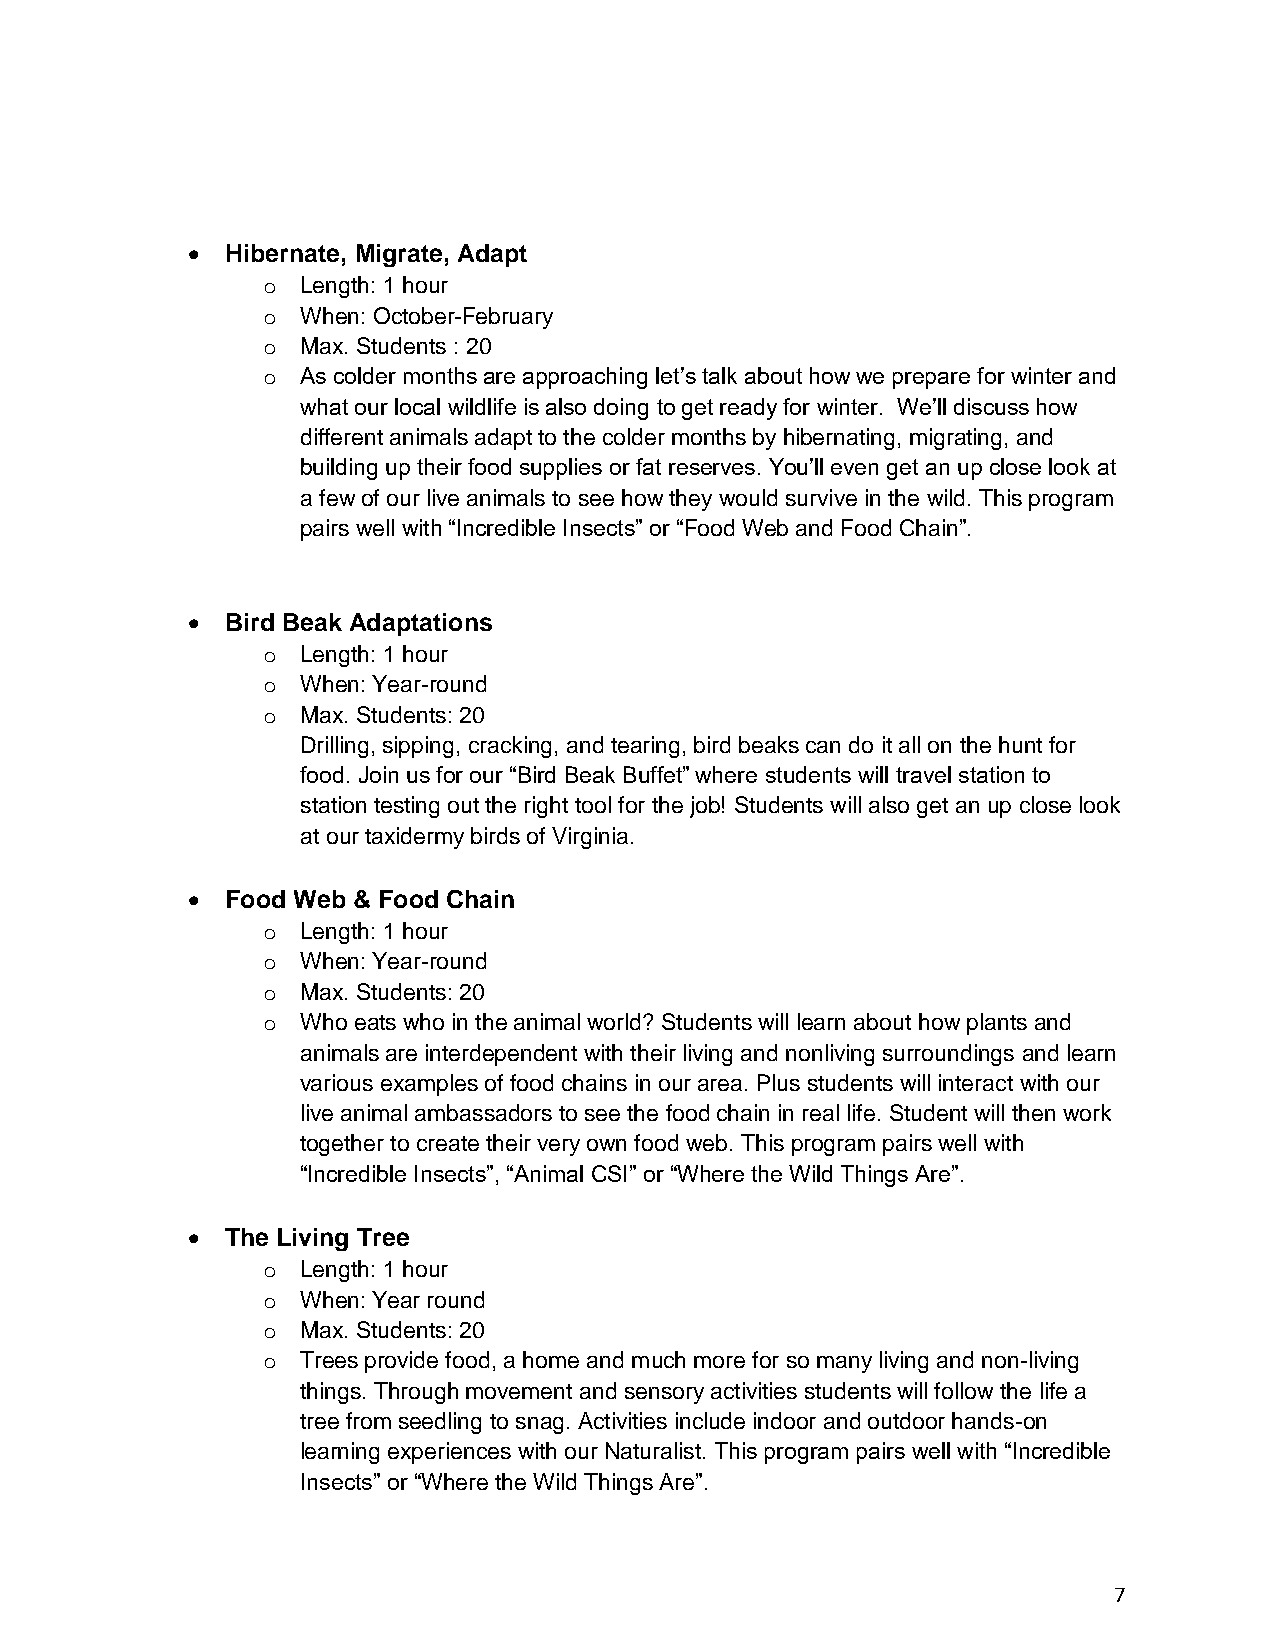
•  Hibernate, Migrate, Adapt
 o  Length: 1 hour
 o  When: October-February
 o  Max. Students : 20
 o  As colder months are approaching let’s talk about how we prepare for winter and
 what our local wildlife is also doing to get ready for winter. We’ll discuss how
 different animals adapt to the colder months by hibernating, migrating, and
 building up their food supplies or fat reserves. You’ll even get an up close look at
 a few of our live animals to see how they would survive in the wild. This program
 pairs well with “Incredible Insects” or “Food Web and Food Chain”.
 •  Bird Beak Adaptations
 o  Length: 1 hour
 o  When: Year-round
 o  Max. Students: 20
 Drilling, sipping, cracking, and tearing, bird beaks can do it all on the hunt for
 food. Join us for our “Bird Beak Buffet” where students will travel station to
 station testing out the right tool for the job! Students will also get an up close look
 at our taxidermy birds of Virginia.
 •  Food Web & Food Chain
 o  Length: 1 hour
 o  When: Year-round
 o  Max. Students: 20
 o  Who eats who in the animal world? Students will learn about how plants and
 animals are interdependent with their living and nonliving surroundings and learn
 various examples of food chains in our area. Plus students will interact with our
 live animal ambassadors to see the food chain in real life. Student will then work
 together to create their very own food web. This program pairs well with
 “Incredible Insects”, “Animal CSI” or “Where the Wild Things Are”.
 •  The Living Tree
 o  Length: 1 hour
 o  When: Year round
 o  Max. Students: 20
 o  Trees provide food, a home and much more for so many living and non-living
 things. Through movement and sensory activities students will follow the life a
 tree from seedling to snag. Activities include indoor and outdoor hands-on
 learning experiences with our Naturalist. This program pairs well with “Incredible
 Insects” or “Where the Wild Things Are”.
 7